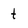
Character: t